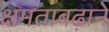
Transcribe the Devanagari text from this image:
क्षमताबढ़ाने